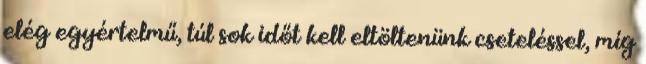
elég egyértelmű, túl sok időt kell eltöltenünk cseteléssel, míg